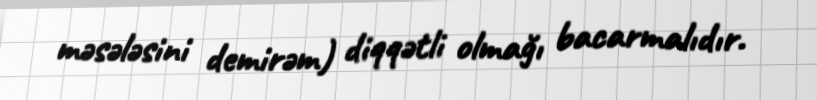
məsələsini demirəm) diqqətli olmağı bacarmalıdır.